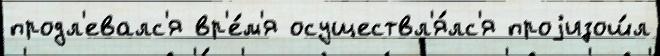
продл'евалс'я вр'е́м'я осуществл'я́лс'я проjизош́л